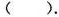
()。